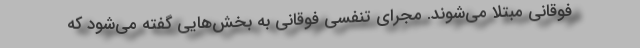
فوقانی مبتلا می‌شوند. مجرای تنفسی فوقانی به بخش‌هایی گفته می‌شود که